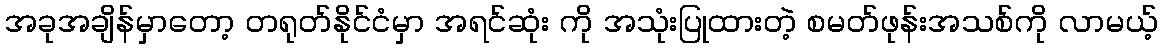
အခုအချိန်မှာတော့ တရုတ်နိုင်ငံမှာ အရင်ဆုံး ကို အသုံးပြုထားတဲ့ စမတ်ဖုန်းအသစ်ကို လာမယ့်